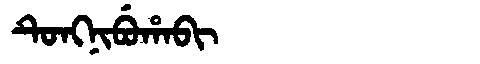
Manchu: ᡨᡠᠩᠨᡳᠪᡠᡥᠠᠪᡳ
Romanization: TUNGNIBUHABI